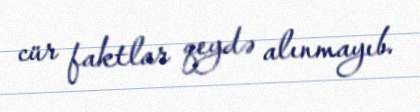
cür faktlar qeydə alınmayıb.